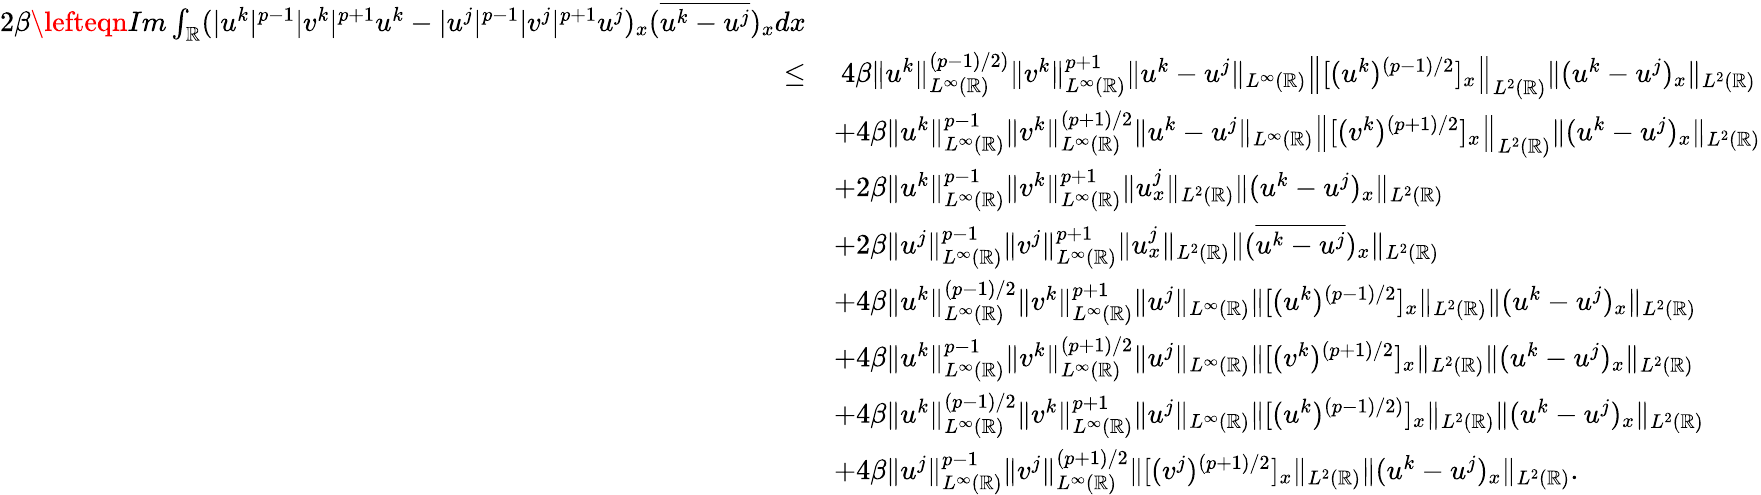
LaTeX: \begin{array}{rl}{2\beta\lefteqn{Im\int_{\mathbb{R}}(|u^{k}|^{p-1}|v^{k}|^{p+1}u^{k}-|u^{j}|^{p-1}|v^{j}|^{p+1}u^{j})_{x}(\overline{{u^{k}-u^{j}}})_{x}dx}}\\ {\leq}&{\ 4\beta\| u^{k}\| _{L^{\infty}(\mathbb{R})}^{(p-1)/2)}\| v^{k}\| _{L^{\infty}(\mathbb{R})}^{p+1}\| u^{k}-u^{j}\| _{L^{\infty}(\mathbb{R})}\left\| [(u^{k})^{(p-1)/2}]_{x}\right\| _{L^{2}(\mathbb{R})}\| (u^{k}-u^{j})_{x}\| _{L^{2}(\mathbb{R})}}\\ &{+4\beta\| u^{k}\| _{L^{\infty}(\mathbb{R})}^{p-1}\| v^{k}\| _{L^{\infty}(\mathbb{R})}^{(p+1)/2}\| u^{k}-u^{j}\| _{L^{\infty}(\mathbb{R})}\left\| [(v^{k})^{(p+1)/2}]_{x}\right\| _{L^{2}(\mathbb{R})}\| (u^{k}-u^{j})_{x}\| _{L^{2}(\mathbb{R})}}\\ &{+2\beta\| u^{k}\| _{L^{\infty}(\mathbb{R})}^{p-1}\| v^{k}\| _{L^{\infty}(\mathbb{R})}^{p+1}\| u_{x}^{j}\| _{L^{2}(\mathbb{R})}\| (u^{k}-u^{j})_{x}\| _{L^{2}(\mathbb{R})}}\\ &{+2\beta\| u^{j}\| _{L^{\infty}(\mathbb{R})}^{p-1}\| v^{j}\| _{L^{\infty}(\mathbb{R})}^{p+1}\| u_{x}^{j}\| _{L^{2}(\mathbb{R})}\| (\overline{{u^{k}-u^{j}}})_{x}\| _{L^{2}(\mathbb{R})}}\\ &{+4\beta\| u^{k}\| _{L^{\infty}(\mathbb{R})}^{(p-1)/2}\| v^{k}\| _{L^{\infty}(\mathbb{R})}^{p+1}\| u^{j}\| _{L^{\infty}(\mathbb{R})}\| [(u^{k})^{(p-1)/2}]_{x}\| _{L^{2}(\mathbb{R})}\| (u^{k}-u^{j})_{x}\| _{L^{2}(\mathbb{R})}}\\ &{+4\beta\| u^{k}\| _{L^{\infty}(\mathbb{R})}^{p-1}\| v^{k}\| _{L^{\infty}(\mathbb{R})}^{(p+1)/2}\| u^{j}\| _{L^{\infty}(\mathbb{R})}\| [(v^{k})^{(p+1)/2}]_{x}\| _{L^{2}(\mathbb{R})}\| (u^{k}-u^{j})_{x}\| _{L^{2}(\mathbb{R})}}\\ &{+4\beta\| u^{k}\| _{L^{\infty}(\mathbb{R})}^{(p-1)/2}\| v^{k}\| _{L^{\infty}(\mathbb{R})}^{p+1}\| u^{j}\| _{L^{\infty}(\mathbb{R})}\| [(u^{k})^{(p-1)/2)}]_{x}\| _{L^{2}(\mathbb{R})}\| (u^{k}-u^{j})_{x}\| _{L^{2}(\mathbb{R})}}\\ &{+4\beta\| u^{j}\| _{L^{\infty}(\mathbb{R})}^{p-1}\| v^{j}\| _{L^{\infty}(\mathbb{R})}^{(p+1)/2}\| [(v^{j})^{(p+1)/2}]_{x}\| _{L^{2}(\mathbb{R})}\| (u^{k}-u^{j})_{x}\| _{L^{2}(\mathbb{R})}.}\end{array}